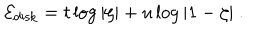
{ \cal E } _ { \mathrm { d i s k } } = t \log \vert \zeta \vert + u \log \vert 1 - \zeta \vert \ .